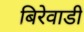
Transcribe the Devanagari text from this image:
बिरेवाडी